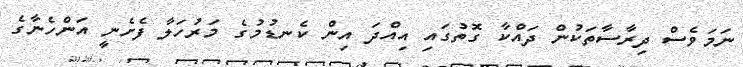
ނަމަވެސް ދިރާސާތަކުން ދައްކާ ގޮތުގައި އިއްދަ އިން ކެނޑުމުގެ މަރުހަލާ ފެށެނީ އަންހެނާގެ